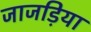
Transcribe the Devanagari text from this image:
जाजड़िया